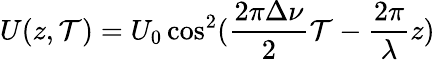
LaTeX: U(z,\mathcal{T})=U_{0}\cos^{2}(\frac{{2\pi\Delta\nu}}{{2}}\mathcal{T}-\frac{{2\pi}}{{\lambda}}z)